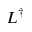
L ^ { \dagger }